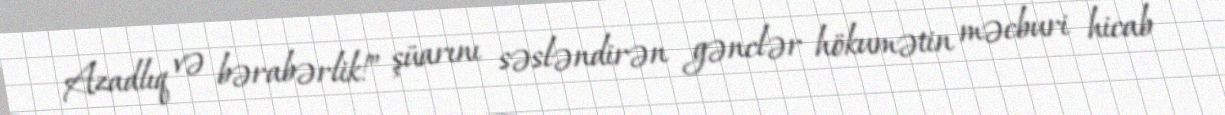
Azadlıq və bərabərlik!” şüarını səsləndirən gənclər hökumətin məcburi hicab